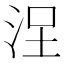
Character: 𣳤